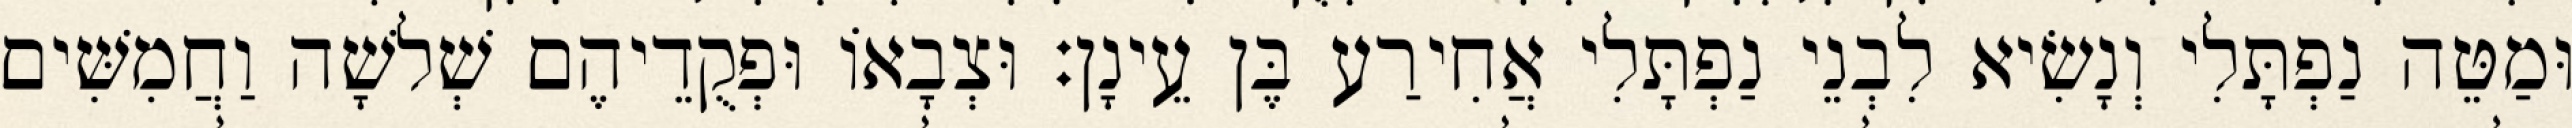
וּמַטֵּה נַפְתָּלִי וְנָשִׂיא לִבְנֵי נַפְתָּלִי אֲחִירַע בֶּן עֵינָן׃ וּצְבָאוֹ וּפְקֻדֵיהֶם שְׁלשָׁה וַחֲמִשִּׁים